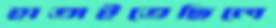
হাতাইতেছিলে